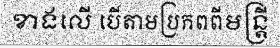
ខាងលើ បើតាមប្រភពពីមន្ត្រី